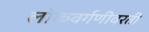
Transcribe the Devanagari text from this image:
लोकवर्गणीवरती